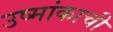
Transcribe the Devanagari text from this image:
उष्मांकाची